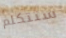
ستتكلم